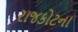
રાજકોટના